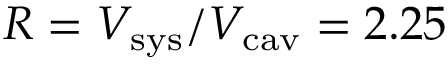
R = V _ { \mathrm { s y s } } / V _ { \mathrm { c a v } } = 2 . 2 5